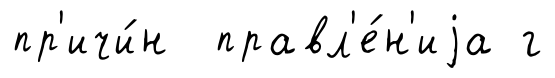
пр'ичи́н правл'е́н'иjа г